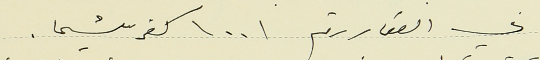
في العقار رقم ١٠٠١ كفرشيما.